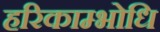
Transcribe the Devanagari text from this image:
हरिकाम्भोधि